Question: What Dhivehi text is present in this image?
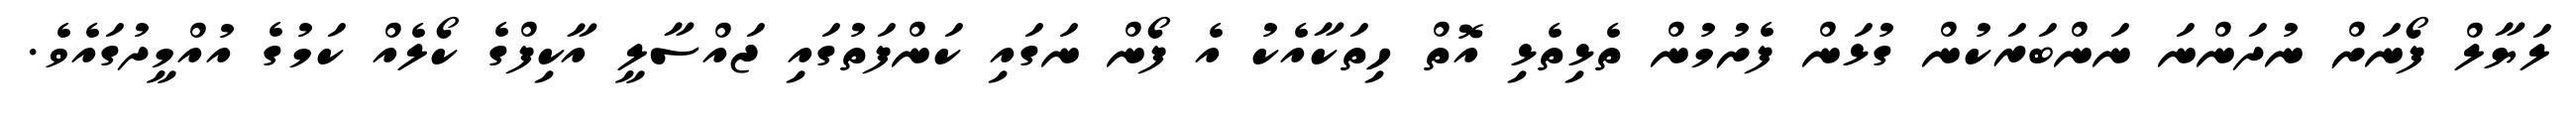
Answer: ލަޔާލް ފޯނަށް ނުދަންނަ ނަންބަރަކުން ގުޅަން ފެށުމުން ތެޅިތެޅި އޮތް ހިތަކާއެކު އެ ފޯން ނަގައި ކަންފަތުގައި ޖައްސާލީ އާކިފްގެ ކޯލެއް ކަމުގެ އުއްމީދުގައެވެ.